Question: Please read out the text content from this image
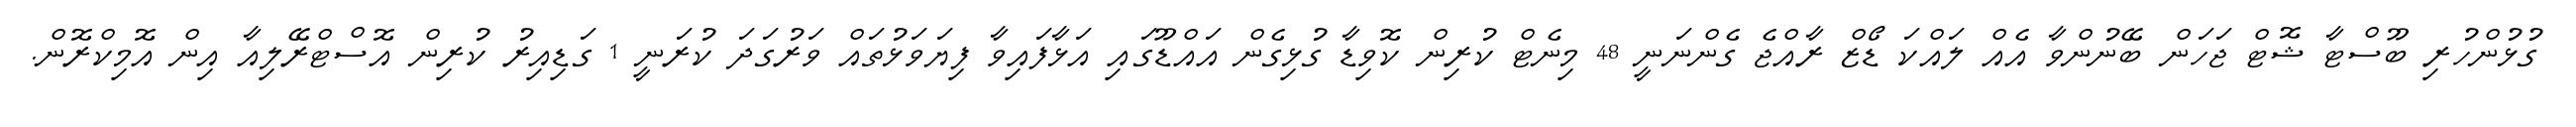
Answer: ގުޅުންހުރި ބޫސްޓާ ޝޮޓް ޖަހަން ބޭނުންވާ އެއް ލައްކަ ޑޯޒް ރާއްޖެ ގެންނަނީ 48 މިނެޓް ކުރިން ކޮވިޑާ ގުޅިގެން އައްޑޫގައި އަޅާފައިވާ ފިޔަވަޅުތައް ވަރުގަދަ ކުރަނީ 1 ގަޑިއިރު ކުރިން އޮސްޓްރޭލިއާ އިން އޮމިކްރޮން.